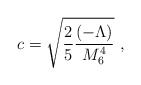
\begin{align*} c=\sqrt{\frac{2}{5}\frac{(-\Lambda)}{M_6^4}}~,\end{align*}